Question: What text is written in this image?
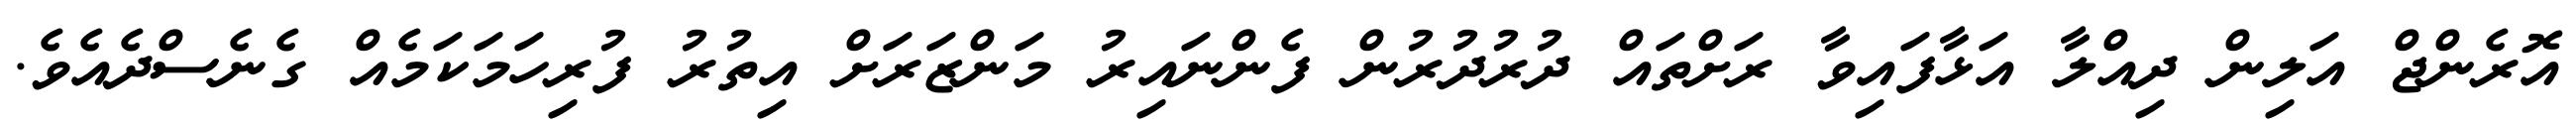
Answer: އޮރެންޖް އަލިން ދިއްލާ އަޅާފައިވާ ރަށްތައް ދުރުދުރުން ފެންނައިރު މަންޒަރަށް އިތުރު ފުރިހަމަކަމެއް ގެނެސްދެއެވެ.